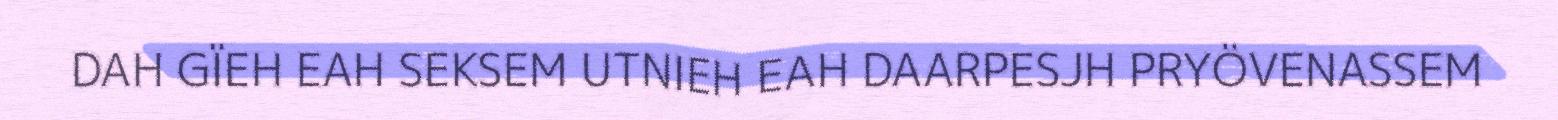
DAH GÏEH EAH SEKSEM UTNIEH EAH DAARPESJH PRYÖVENASSEM